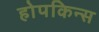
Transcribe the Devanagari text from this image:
होपकिन्स